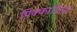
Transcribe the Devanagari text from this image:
पिक्काडिली